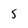
Character: 5